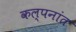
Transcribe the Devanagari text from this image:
कल्पनांत